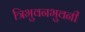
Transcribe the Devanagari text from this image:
त्रिभुवनभुवनी